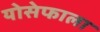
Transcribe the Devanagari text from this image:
योसेफाला